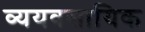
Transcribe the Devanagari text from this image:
व्ययवसायिक